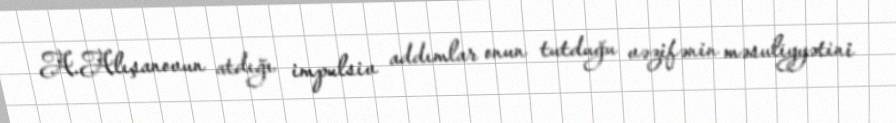
A.Alışanovun atdığı impulsiv addımlar onun tutduğu vəzifənin məsuliyyətini